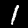
Label: 1